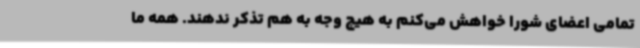
تمامی اعضای شورا خواهش می‌کنم به هیچ وجه به هم تذکر ندهند. همه ما